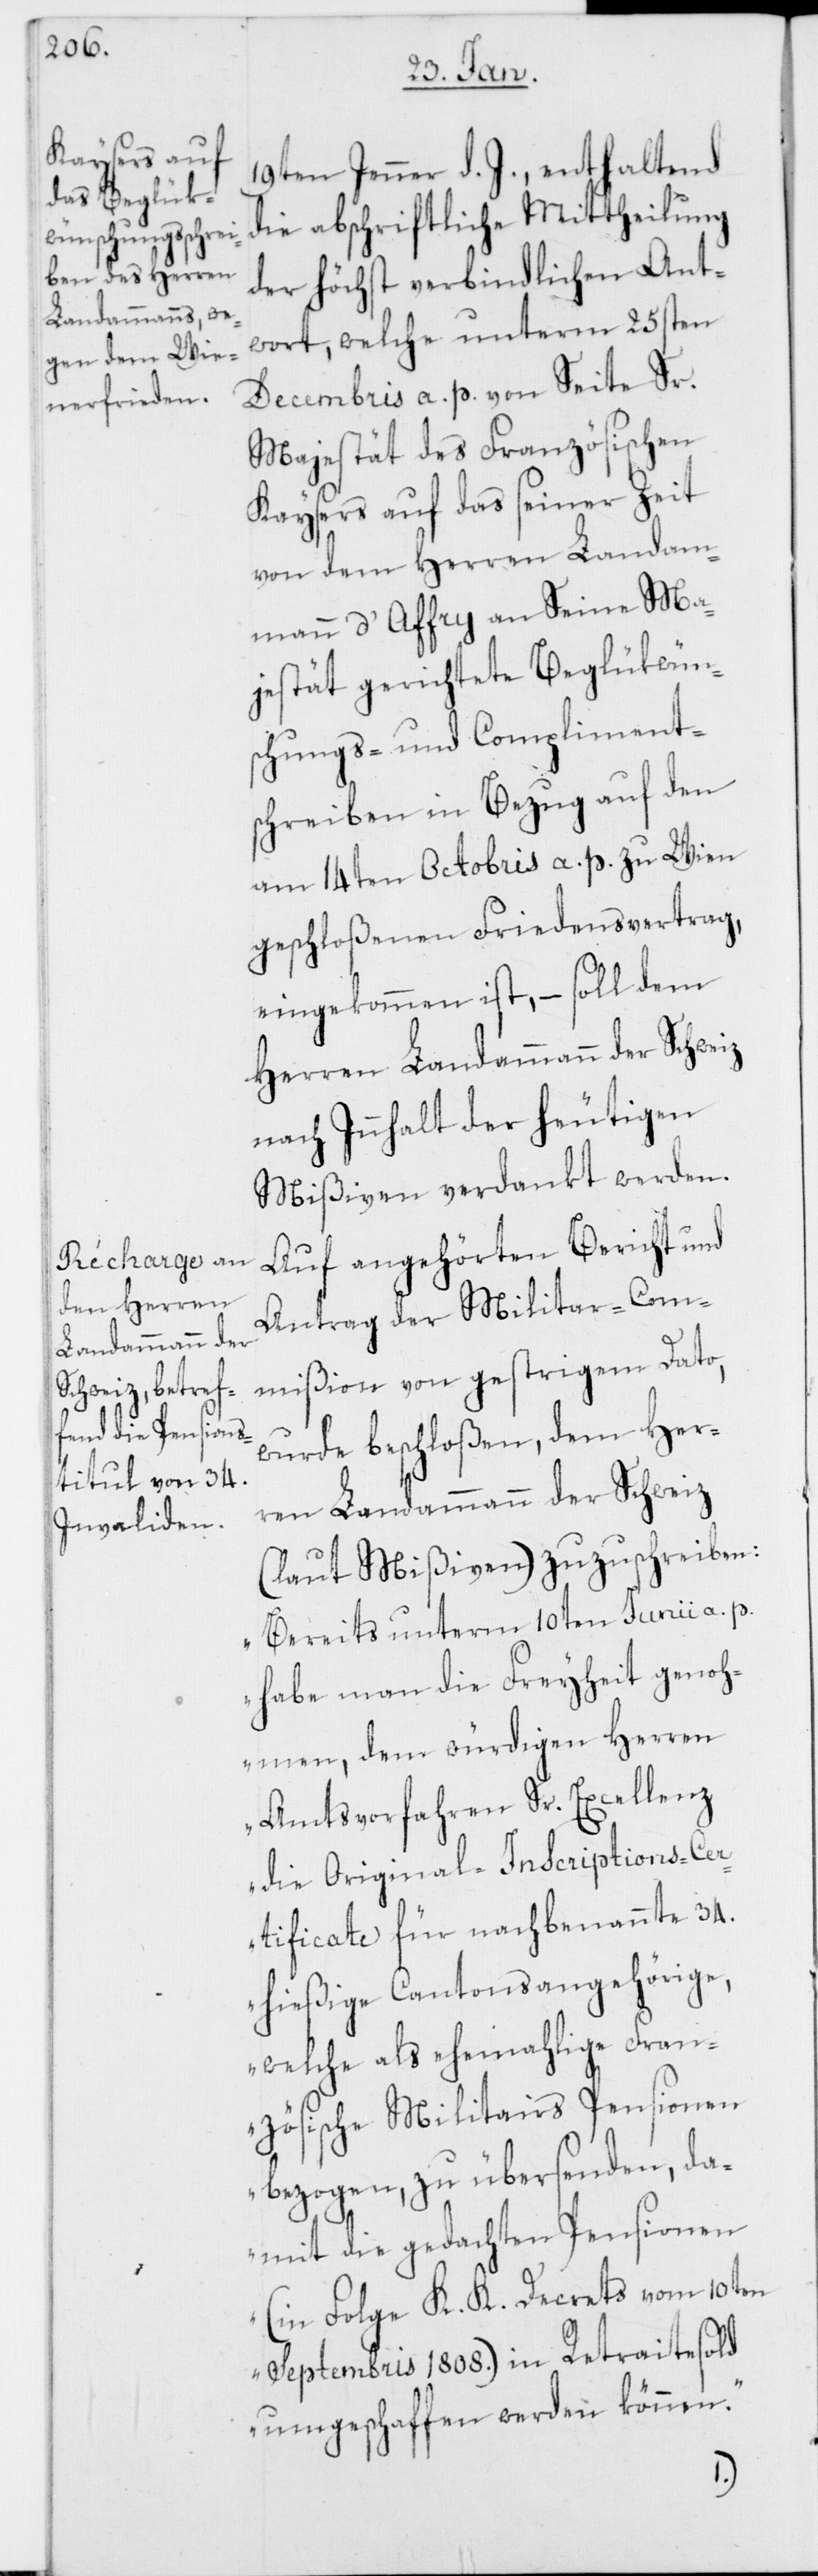
19ten Jenner d. J., enthaltend
die abschriftliche Mittheilung
der höchst verbindlichen Ant¬
wort, welche unterm 25sten
Decembris a. p. von Seite Sr.
Majestät des Französischen
Kaysers auf das seiner Zeit
von dem Herren Landam¬
mann d‘ Affry an Seine Ma¬
jestät gerichtete Beglükwün¬
schungs- und Compliment¬
schreiben in Bezug auf den
am 14ten Octobris a. p. zu Wien
geschloßenen Friedensvertrag,
eingekommen ist, – soll dem
Herren Landammann der Schweiz
nach Innhalt der heutigen
Mißiven verdankt werden.
Auf angehörten Bericht und
Antrag der Militar-Com¬
mißion von gestrigem Dato,
wurde beschloßen, dem Her¬
ren Landammann der Schweiz
(laut Mißiven) zuzuschreiben:
„Bereits unterm 10ten Junii a. p.
habe man die Fryiheit genoh¬
men, dem würdigen Herren
Amtsvorfahren Sr. Excellenz
die Original-Inscriptions-Ce¬
rtificate für nachbenannte 34.
hießige Cantonsangehörige,
welche als ehemahlige Fran¬
zösische Militairs Pensionen
bezogen, zu übersenden, da¬
mit die gedachten Pensionen
(in Folge K. K. Decrets vom 10ten
Septembris 1808.) in Retraitesold
umgeschaffen werden können.